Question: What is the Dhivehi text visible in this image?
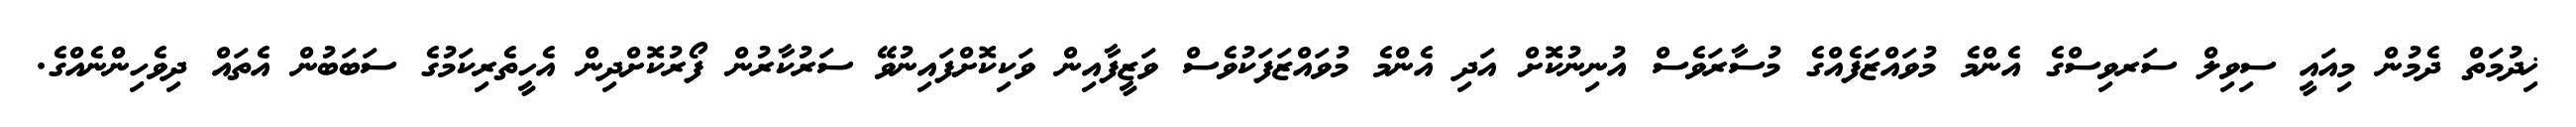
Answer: ޚިދުމަތް ދެމުން މިއައީ ސިވިލް ސަރވިސްގެ އެންމެ މުވައްޒަފެއްގެ މުސާރަވެސް އުނިނުކޮށް އަދި އެންމެ މުވައްޒަފަކުވެސް ވަޒީފާއިން ވަކިކޮށްފައިނުވޭ ސަރުކާރުން ފޯރުކޮށްދިން އެހީތެރިކަމުގެ ސަބަބުން އެތައް ދިވެހިންނެއްގެ.